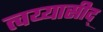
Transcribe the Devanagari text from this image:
त्वय्यासीद्